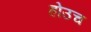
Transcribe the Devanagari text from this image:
होउच